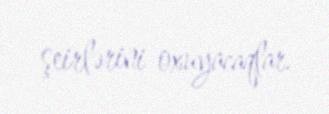
şeirlərini oxuyacaqlar.